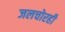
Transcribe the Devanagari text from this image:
जलचोरही